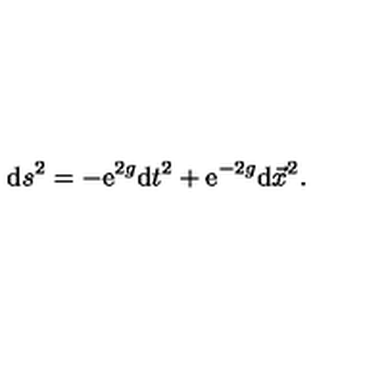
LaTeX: \mathrm { d } s ^ { 2 } = - \mathrm { e } ^ { 2 g } \mathrm { d } t ^ { 2 } + \mathrm { e } ^ { - 2 g } \mathrm { d } \vec { x } ^ { 2 } .